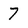
Character: 7